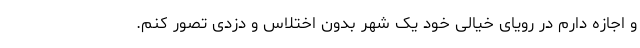
و اجازه دارم در رویای خیالی خود یک شهر بدون اختلاس و دزدی تصور کنم.